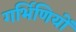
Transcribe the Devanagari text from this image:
गर्भिणियों